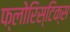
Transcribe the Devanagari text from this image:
फ्लोरिस्टिक्स